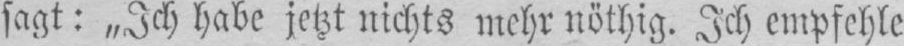
sagt: „Ich habe jetzt nichts mehr nöthig. Ich empfehle